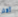
أكثر